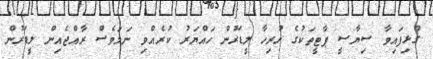
ގުޅިފައިވާ ސިޔާސީ ޕާޓީތަކުގެ ހުރިހާ ލީޑަރުން ހައްޔަރު ކުރެއްވި ނަމަވެސް ރާއްޖެއިން ލީޑަރުން